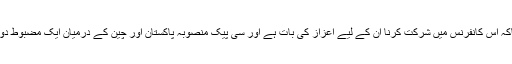
وزیراعظم نے کہاکہ اس کانفرنس میں شرکت کرنا ان کے لیے اعزاز کی بات ہے اور سی پیک منصوبہ پاکستان اور چین کے درمیان ایک مضبوط دوستی کا مظہر ہے۔